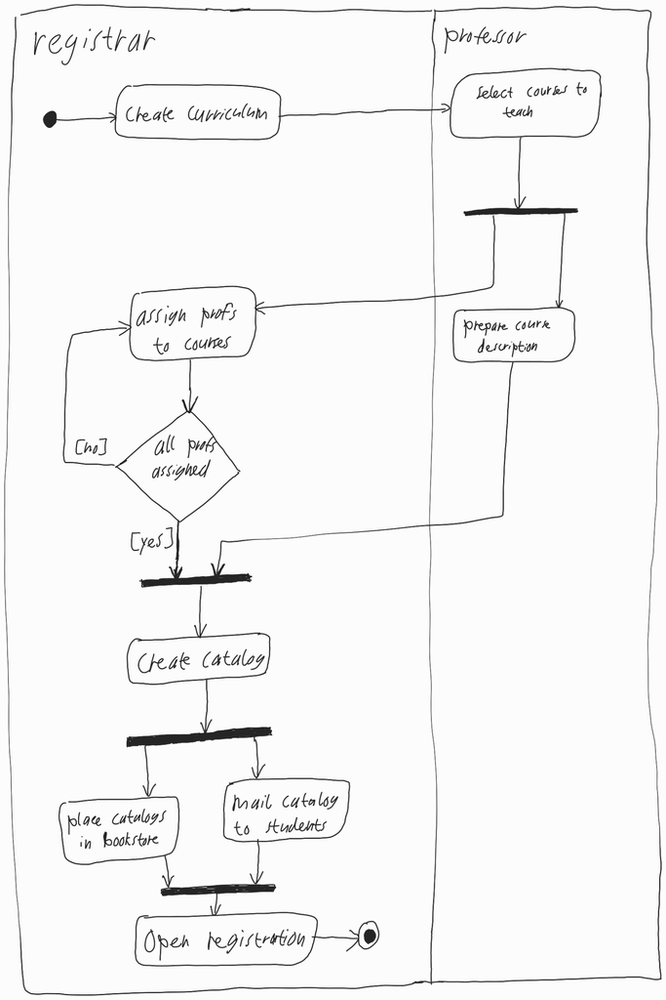
Diagram type: activity_diagram
```plantuml
@startuml

|registrar|

start

:create curriculum;

|professor|

:select courses to teach;

fork
  :prepare course description;
fork again
  |registrar|
  repeat:assign profs to courses;
  repeat while (all profs assigned) is ([no]) not ([yes])
end fork

:create catalog;

fork
  :place catalogs in bookstore;
fork again
  :mail catalog to students;
end fork

:Open registration;

stop

@enduml
```